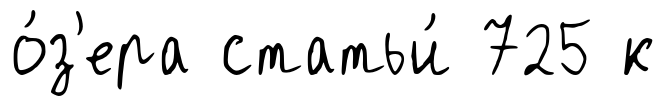
о́з'ера статьи́ 725 к